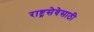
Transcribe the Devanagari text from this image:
राष्ट्रसेवेसाठी